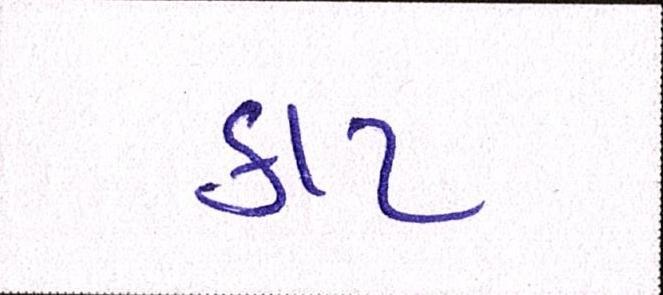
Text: કાટ